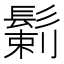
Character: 鬎